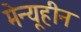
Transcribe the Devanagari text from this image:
मेन्यूहीन